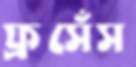
ফ্রসেঁস